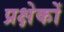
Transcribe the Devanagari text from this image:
प्रक्षेकों